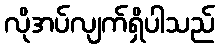
လိုအပ်လျက်ရှိပါသည်